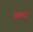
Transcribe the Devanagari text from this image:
सेकटर